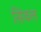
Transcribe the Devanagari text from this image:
सिंवल